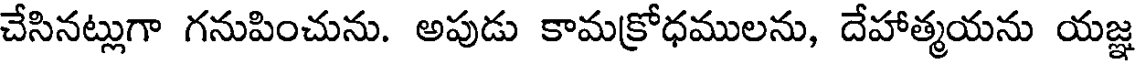
చేసినట్లుగా గనుపించును. అపుడు కామక్రోధములను, దేహాత్మయను యజ్ఞ